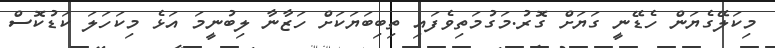
މިކަލޭގެޔަން ހެޑޭނީ ގަޔަށް ގޮރު.މަގުމަތިވެފައި ތިބިބަޔަކަށް ހަޒާނާ ލިބުނީމަ އަޅެ މިކަހަލަ ކަޑުކޮސް